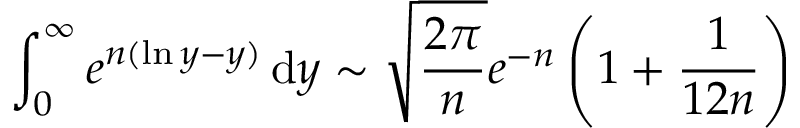
\int _ { 0 } ^ { \infty } e ^ { n ( \ln y - y ) } \, \mathrm { { d } } y \sim { \sqrt { \frac { 2 \pi } { n } } } e ^ { - n } \left( 1 + { \frac { 1 } { 1 2 n } } \right)